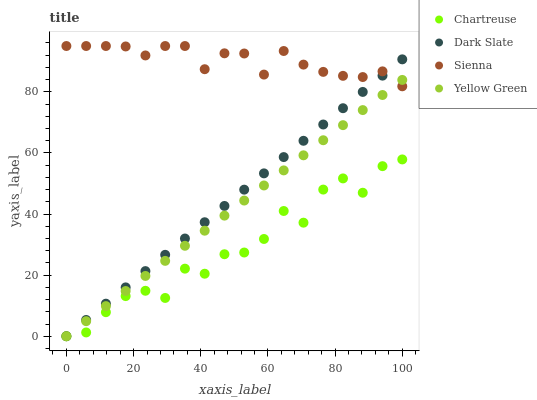
| xaxis_label | Chartreuse | Dark Slate | Sienna | Yellow Green |
 | --- | --- | --- | --- | --- |
 | 0 | 0 | 0 | 95 | 0 |
 | 5.88 | 1.25 | 5.33 | 95 | 4.94 |
 | 11.8 | 7.88 | 10.7 | 95 | 9.87 |
 | 17.6 | 13.1 | 16 | 94.9 | 14.8 |
 | 23.5 | 14.9 | 21.3 | 91.9 | 19.7 |
 | 29.4 | 12.5 | 26.7 | 95 | 24.7 |
 | 35.3 | 22.1 | 32 | 95 | 29.6 |
 | 41.2 | 20.5 | 37.3 | 87.4 | 34.5 |
 | 47.1 | 26.8 | 42.7 | 92.6 | 39.5 |
 | 52.9 | 27.4 | 48 | 92.6 | 44.4 |
 | 58.8 | 31.8 | 53.3 | 85.7 | 49.4 |
 | 64.7 | 41 | 58.6 | 93.4 | 54.3 |
 | 70.6 | 37.2 | 64 | 88.9 | 59.2 |
 | 76.5 | 48 | 69.3 | 86.5 | 64.2 |
 | 82.4 | 51.7 | 74.6 | 85.2 | 69.1 |
 | 88.2 | 47 | 80 | 84.8 | 74 |
 | 94.1 | 55.7 | 85.3 | 86.7 | 79 |
 | 100 | 57.9 | 90.6 | 81.8 | 83.9 |